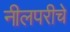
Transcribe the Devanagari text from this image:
नीलपरीचे